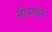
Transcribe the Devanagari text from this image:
सोडणारे